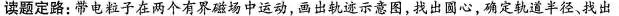
读题定路：带电粒子在两个有界磁场中运动，画出轨迹示意图，找出圆心，确定轨道半径，找出